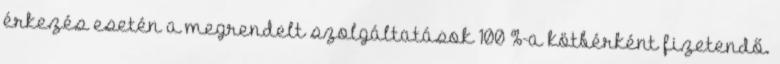
érkezés esetén a megrendelt szolgáltatások 100 %-a kötbérként fizetendő.